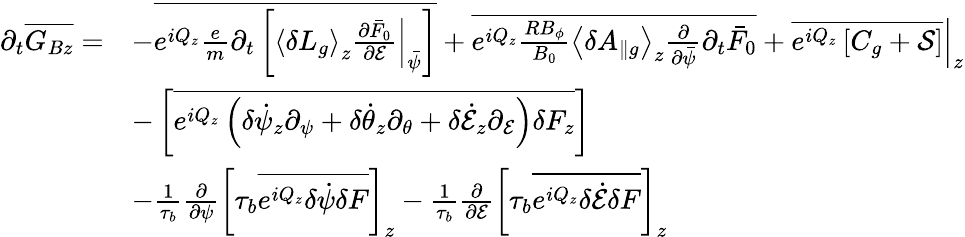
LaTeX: \begin{array}{rl}{\partial_{t}\overline{{G_{Bz}}}=}&{-\overline{{e^{iQ_{z}}\frac{e}{m}\partial_{t}\left[\left.\left\langle\delta L_{g}\right\rangle_{z}\frac{\partial\bar{F}_{0}}{\partial\mathcal{E}}\right|_{\bar{\psi}}\right]}}+\overline{{e^{iQ_{z}}\frac{RB_{\phi}}{B_{0}}\left\langle\delta A_{\| g}\right\rangle_{z}\frac{\partial}{\partial\bar{\psi}}\partial_{t}\bar{F}_{0}}}+\left.\overline{{e^{iQ_{z}}\left[C_{g}+\mathcal{S}\right]}}\right|_{z}}\\ &{-\left[\overline{{e^{iQ_{z}}\left(\delta\dot{\psi}_{z}\partial_{\psi}+\delta\dot{\theta}_{z}\partial_{\theta}+\delta\dot{\mathcal{E}}_{z}\partial_{\mathcal{E}}\right)\delta F_{z}}}\right]}\\ &{-\frac{1}{\tau_{b}}\frac{\partial}{\partial\psi}\left[\tau_{b}\overline{{e^{iQ_{z}}\delta\dot{\psi}\delta F}}\right]_{z}-\frac{1}{\tau_{b}}\frac{\partial}{\partial\mathcal{E}}\left[\tau_{b}\overline{{e^{iQ_{z}}\delta\dot{\mathcal{E}}\delta F}}\right]_{z}}\end{array}